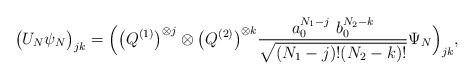
LaTeX: \begin{align*} \big(U_N\psi_N\big)_{jk}=\Big(\big(Q^{(1)}\big)^{\otimes j}\otimes \big(Q^{(2)}\big)^{\otimes k}\frac{a^{N_1-j}_0\,\, b^{N_2-k}_0}{\sqrt{(N_1-j)!(N_2-k)!}}\Psi_N\Big)_{jk},\end{align*}